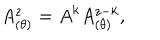
LaTeX: A _ { ( \theta ) } ^ { z } = A ^ { k } A _ { ( \theta ) } ^ { z - k } ,